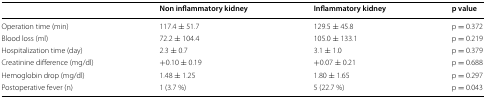
<table><thead><tr><td></td><td><b>Non inflammatory kidney</b></td><td><b>Inflammatory kidney</b></td><td><b>p value</b></td></tr></thead><tbody><tr><td>Operation time (min)</td><td>117.4 ± 51.7</td><td>129.5 ± 45.8</td><td>p = 0.372</td></tr><tr><td>Blood loss (ml)</td><td>72.2 ± 104.4</td><td>105.0 ± 133.1</td><td>p = 0.219</td></tr><tr><td>Hospitalization time (day)</td><td>2.3 ± 0.7</td><td>3.1 ± 1.0</td><td>p = 0.379</td></tr><tr><td>Creatinine difference (mg/dl)</td><td>+0.10 ± 0.19</td><td>+0.07 ± 0.21</td><td>p = 0.688</td></tr><tr><td>Hemoglobin drop (mg/dl)</td><td>1.48 ± 1.25</td><td>1.80 ± 1.65</td><td>p = 0.297</td></tr><tr><td>Postoperative fever (n)</td><td>1 (3.7 %)</td><td>5 (22.7 %)</td><td>p = 0.043</td></tr></tbody></table>